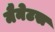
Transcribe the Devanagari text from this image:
मैनेटस